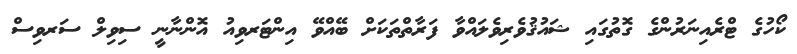
ކޯހުގެ ޓްރެއިނަރުންގެ ގޮތުގައި ޝައުޤުވެރިވެލައްވާ ފަރާތްތަކަށް ބޭއްވޭ އިންޓަރވިއު އޮންނާނީ ސިވިލް ސަރވިސް